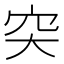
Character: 突